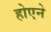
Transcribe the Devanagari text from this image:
होएने